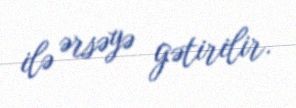
ilə ərsəyə gətirilir.